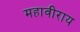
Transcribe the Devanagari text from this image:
महावीराय